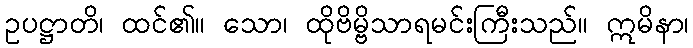
ဥပဋ္ဌာတိ၊ ထင်၏။ သော၊ ထိုဗိမ္ဗိသာရမင်းကြီးသည်။ ဣမိနာ၊